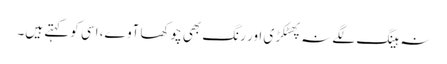
نہ ہینگ لگے نہ پھٹکڑی اور رنگ بھی چوکھا آوے، اسی کو کہتے ہیں۔